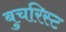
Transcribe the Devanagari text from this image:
बुचरिस्ट